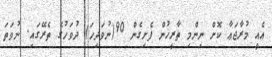
އެއީ މުރާޖަޢާ ކޮށް ނިންމި ތާރީޚުން ފެށިގެން 90(ނުވަދިހަ) ދުވަހުގެ ތެރޭގައި. ނުވަތަ